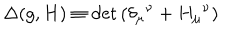
LaTeX: \Delta ( g , H ) \equiv \det { \left( \delta _ { \mu } { } ^ { \nu } + H _ { \mu } { } ^ { \nu } \right) }